Civil Veterinary Dept. Assam report 1927-50 - 1927-1950
Year: 1927
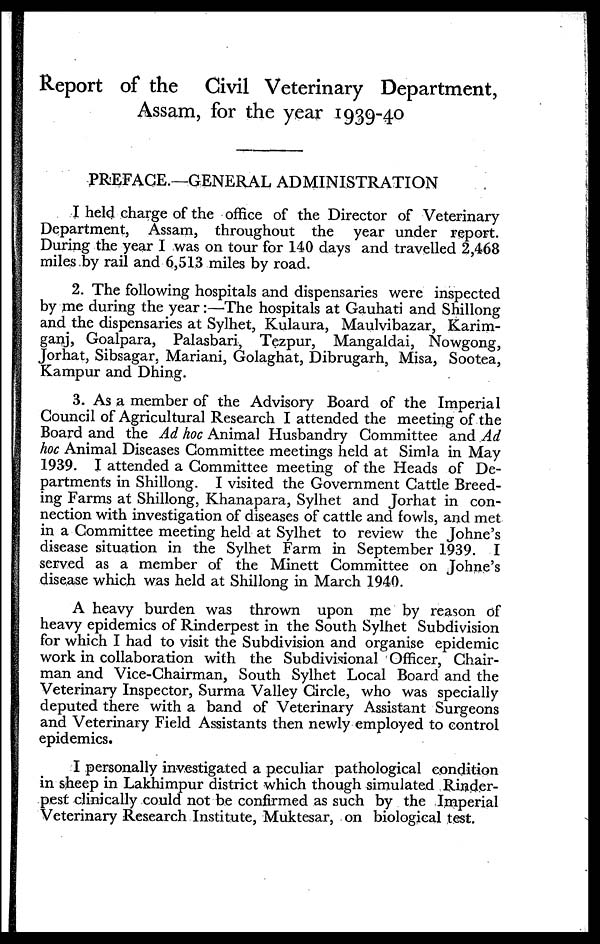
Report of the Civil Veterinary Department,
Assam, for the year 1939-40
PREFACE.—GENERAL ADMINISTRATION
I held charge of the office of the Director of Veterinary
Department, Assam, throughout the year under report.
During the year I was on tour for 140 days and travelled 2,468
miles by rail and 6,513 miles by road.
2. The following hospitals and dispensaries were inspected
by me during the year:—The hospitals at Gauhati and Shillong
and the dispensaries at Sylhet, Kulaura, Maulvibazar, Karim-
ganj, Goalpara, Palasbari, Tezpur, Mangaldai, Nowgong,
Jorhat, Sibsagar, Mariani, Golaghat, Dibrugarh, Misa, Sootea,
Kampur and Dhing.
3. As a member of the Advisory Board of the Imperial
Council of Agricultural Research I attended the meeting of the
Board and the Ad hoc Animal Husbandry Committee and Ad
hoc Animal Diseases Committee meetings held at Simla in May
1939. I attended a Committee meeting of the Heads of De-
partments in Shillong. I visited the Government Cattle Breed-
ing Farms at Shillong, Khanapara, Sylhet and Jorhat in con-
nection with investigation of diseases of cattle and fowls, and met
in a Committee meeting held at Sylhet to review the Johne's
disease situation in the Sylhet Farm in September 1939. I
served as a member of the Minett Committee on Johne's
disease which was held at Shillong in March 1940.
A heavy burden was thrown upon me by reason of
heavy epidemics of Rinderpest in the South Sylhet Subdivision
for which I had to visit the Subdivision and organise epidemic
work in collaboration with the Subdivisional Officer, Chair-
man and Vice-Chairman, South Sylhet Local Board and the
Veterinary Inspector, Surma Valley Circle, who was specially
deputed there with a band of Veterinary Assistant Surgeons
and Veterinary Field Assistants then newly employed to control
epidemics.
I personally investigated a peculiar pathological condition
in sheep in Lakhimpur district which though simulated Rinder-
pest clinically could not be confirmed as such by the Imperial
Veterinary Research Institute, Muktesar, on biological test.